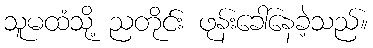
သူမထံသို့ ညတိုင်း ဖုန်းခေါ်နေခဲ့သည်။